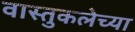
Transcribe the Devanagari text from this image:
वास्तुकलेच्या